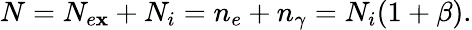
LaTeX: N=N_{e\mathbf{x}}+N_{i}=n_{e}+n_{\gamma}=N_{i}(1+\beta).